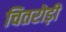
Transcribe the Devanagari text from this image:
चितरोड़ी